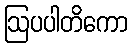
ဩပပါတိကော